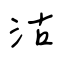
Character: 沽